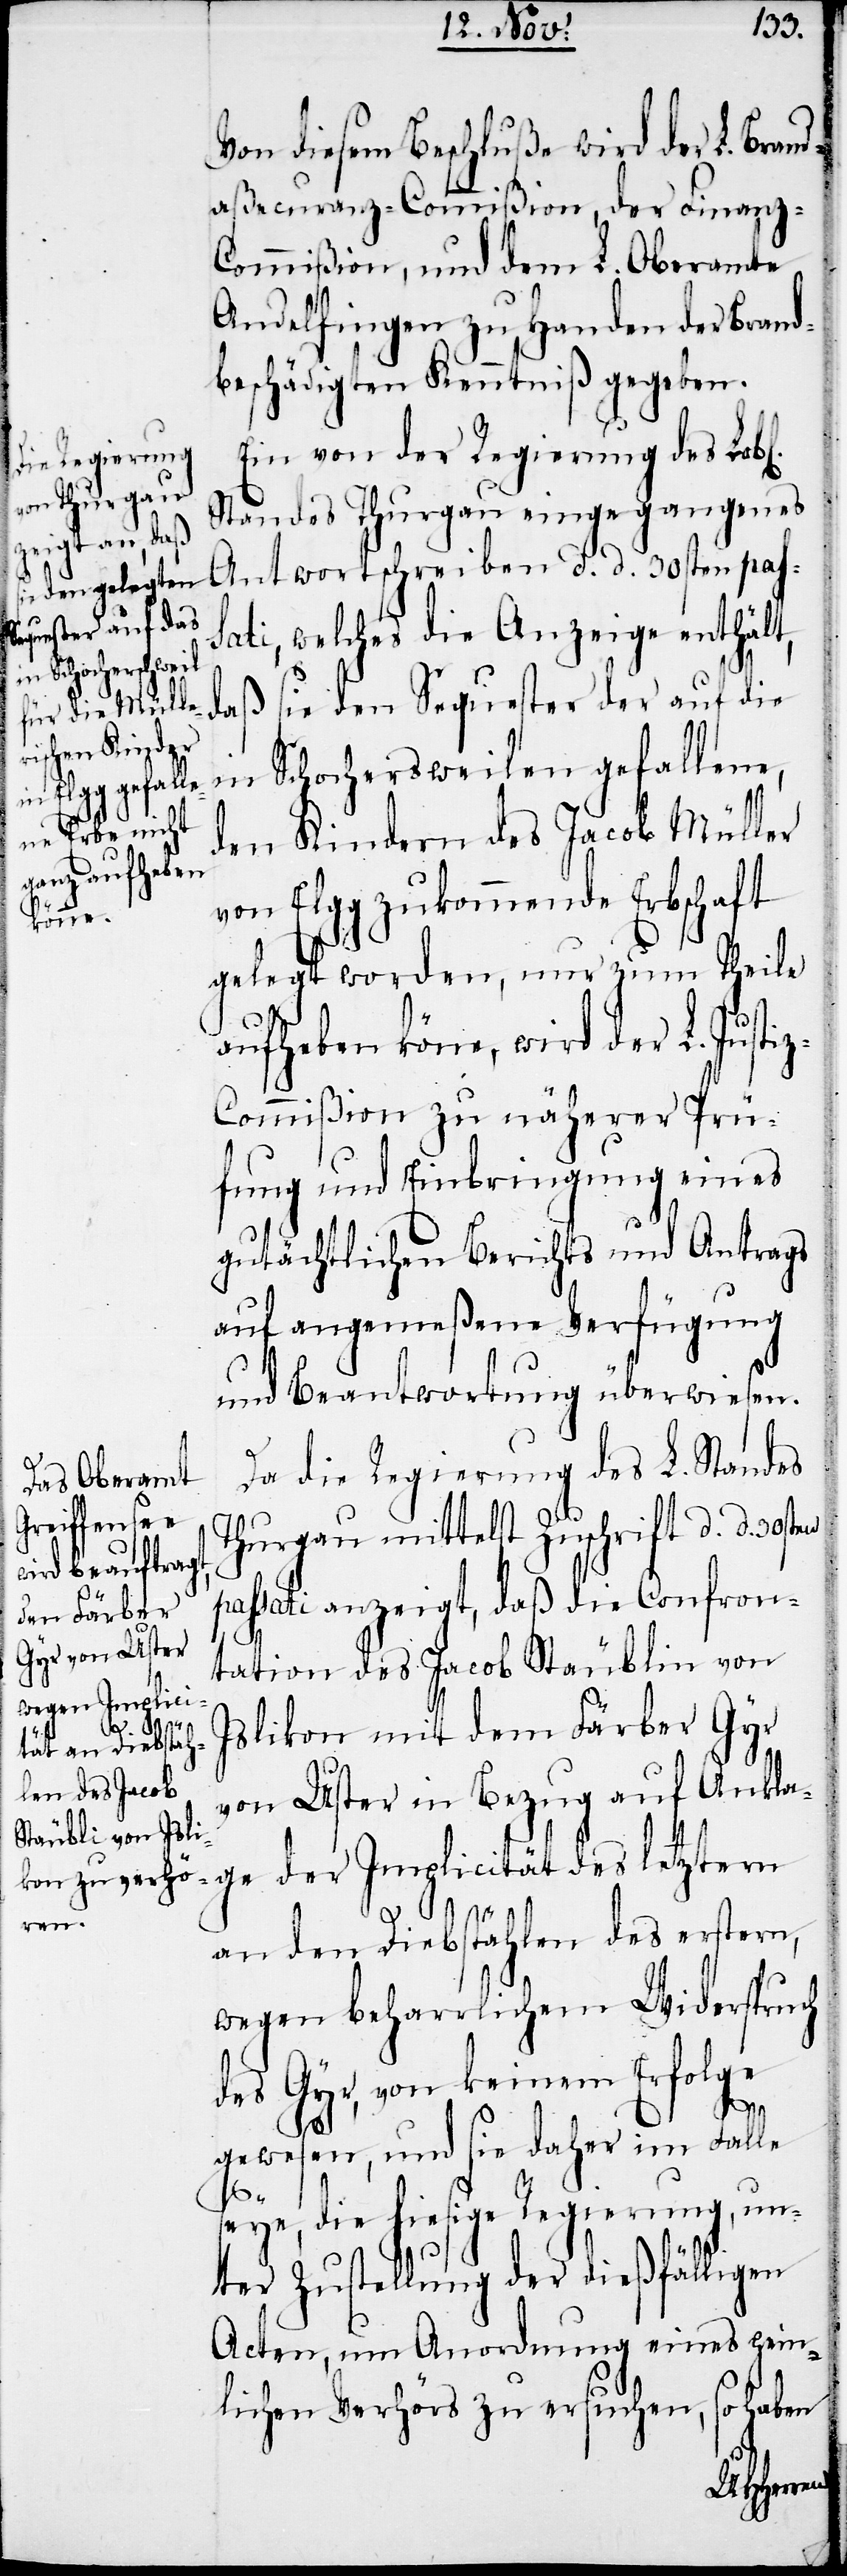
en

Von diesem Beschluße wird der L. Bran¬
daßecuranz-Commißion, der Finanz-C¬
ommißion, und dem L. Oberamte
Andelfingen zu Handen der Brand¬
beschädigten Kenntniß gegeben.
Ein von der Regierung des Lo¬
Standes Thurgau eingegangenes
Antwortschreiben d. d. 30sten pas¬
sati, welches die Anzeige enthält,
sie den Sequester der auf die
in Schochersweilen gefallene,
den Kindern des Jacob Müller
von Elgg zukommende Erbschaft
gelegt worden, nur zum Theile
aufheben könne, wird der L. Justi¬
z-Commißion zu näherer Prü¬
fung und Einbringung eines
gutächtlichen Berichts und Antrags
auf angemeßene Verfügung
und Beantwortung überwiesen.
Da die Regierung des L. Standes
Thurgau mittelst Zuschrift d. d. 30st¬
passati anzeigt, daß die Confron¬
tation des Jacob Stäublin von
Islikon mit dem Färber Gyr
von Uster in Bezug auf Ankla¬
ge der Implicität des letztern
an den Diebstählen des erstern,
wegen beharrlichem Widerspruch
des Gyr, von keinem Erfolge
gewesen, und sie daher im Falle
seye, die hiesige Regierung, un¬
ter Zustellung der dießfälligen
Acten, um Anordnung eines pein¬
lichen Verhörs zu ersuchen, so haben
b[lichen]